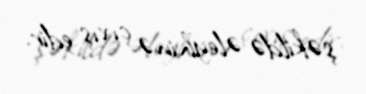
şəkildə əleyhinə çıxış edir.